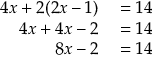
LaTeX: \begin{array} { r l } { 4 x + 2 ( 2 x - 1 ) } & { { } = 1 4 } \\ { 4 x + 4 x - 2 } & { { } = 1 4 } \\ { 8 x - 2 } & { { } = 1 4 } \end{array}